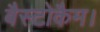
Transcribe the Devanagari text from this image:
बैस्टोकैम।